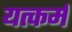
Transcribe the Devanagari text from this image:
यत्कर्म